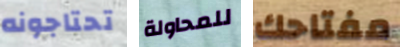
تحتاجونه للمحاولة مفتاحك